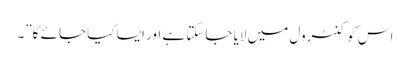
اس کو کنٹرول میں لایا جاسکتا ہے اور ایسا کیا جائے گا”۔